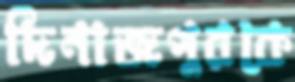
দিনাজপুরকে